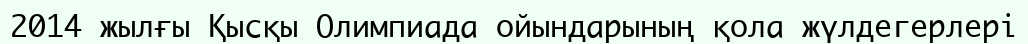
2014 жылғы Қысқы Олимпиада ойындарының қола жүлдегерлері